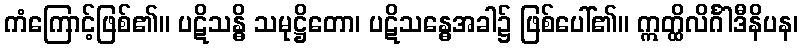
ကံကြောင့်ဖြစ်၏။ ပဋိသန္ဓိ သမုဋ္ဌိတော၊ ပဋိသန္ဓေအခါ၌ ဖြစ်ပေါ်၏။ ဣတ္ထိလိင်္ဂါဒီနိပန၊